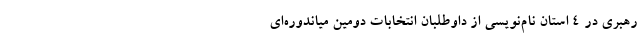
رهبری در ۴ استان نام‌نویسی از داوطلبان انتخابات دومین میاندوره‌ای